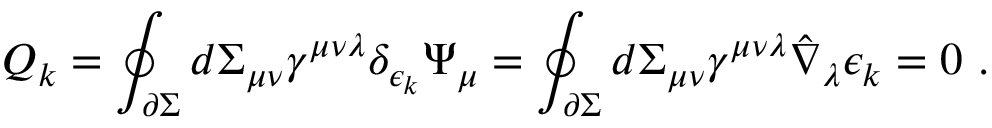
{ \cal Q } _ { k } = \oint _ { \partial \Sigma } d \Sigma _ { \mu \nu } \gamma ^ { \mu \nu \lambda } \delta _ { \epsilon _ { k } } \Psi _ { \mu } = \oint _ { \partial \Sigma } d \Sigma _ { \mu \nu } \gamma ^ { \mu \nu \lambda } \hat { \nabla } _ { \lambda } \epsilon _ { k } = 0 \ .